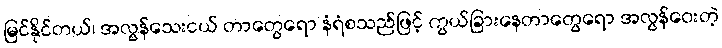
မြင်နိုင်တယ်၊ အလွန်သေးငယ် တာတွေရော နံရံစသည်ဖြင့် ကွယ်ခြားနေတာတွေရော အလွန်ဝေးတဲ့